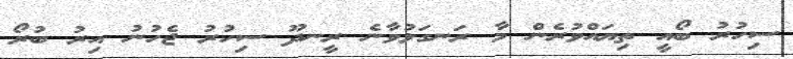
ސިހުރު ބޯއީ ތިޔައްވުރެން މާ ރަނގަޅުވާނެ ރީނދޫ ސިހުރު ޖެހުނު އިރު ބުރޯ